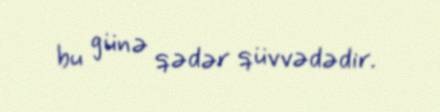
bu günə qədər qüvvədədir.